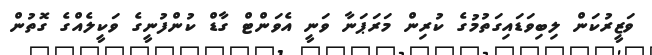
ވަޒީރުކަން ލިބިވަޑައިގަތުމުގެ ކުރިން މަރަޕަނާ ވަނީ އެވަންޓް ގާޑް ކުންފުނީގެ ވަކީލެއްގެ ގޮތުން